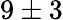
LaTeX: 9\pm 3